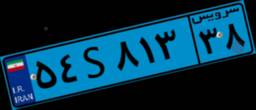
۰۲S۶۰۰۹۲